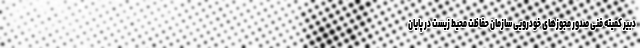
دبیر کمیته فنی صدور مجوزهای خودرویی سازمان حفاظت محیط زیست در پایان